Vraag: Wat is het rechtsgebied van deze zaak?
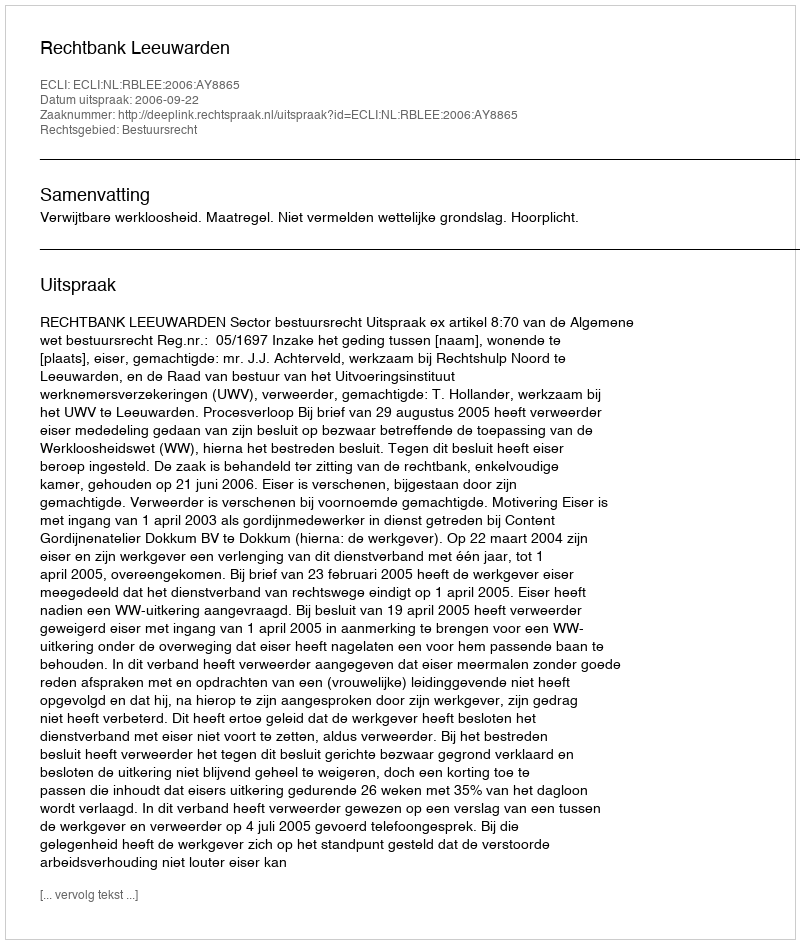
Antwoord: Bestuursrecht